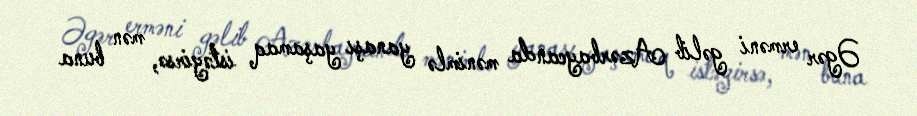
Əgər erməni gəlib Azərbaycanda mənimlə yanaşı yaşamaq istəyirsə, mən buna